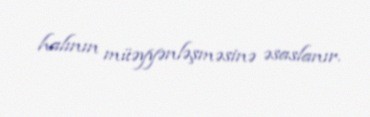
halının müəyyənləşməsinə əsaslanır.